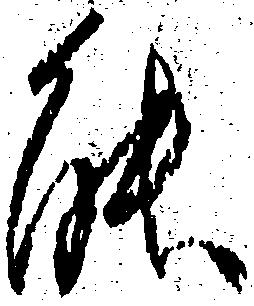
能